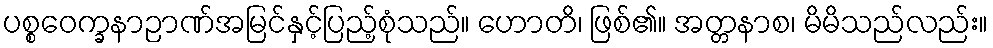
ပစ္စဝေက္ခနာဉာဏ်အမြင်နှင့်ပြည့်စုံသည်။ ဟောတိ၊ ဖြစ်၏။ အတ္တနာစ၊ မိမိသည်လည်း။